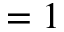
= 1